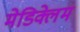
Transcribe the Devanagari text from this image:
मेडिक्लेम